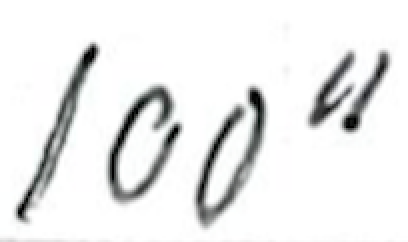
Text: 100"
Cross-out: clean
Writing tool: ballpoint